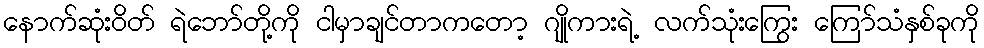
နောက်ဆုံးဝိတ် ရဲဘော်တို့ကို ငါမှာချင်တာကတော့ ဂျိုကားရဲ့ လက်သုံးကြွေး ကြော်သံနှစ်ခုကို